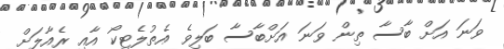
ވަނަ އަށް ބާސާ ތިން ވަނަ އަށްބާސާ ބަލިވެ އެތުލެޓިކޯ އާއި ރެއާލަށް